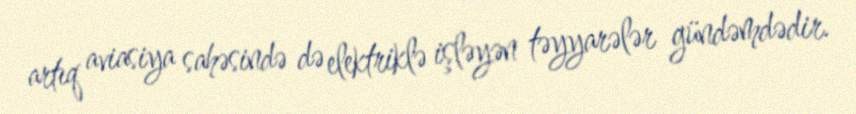
artıq aviasiya sahəsində də elektriklə işləyən təyyarələr gündəmdədir.